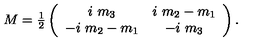
M = \textstyle { \frac { 1 } { 2 } } \left( \begin{array} { c c } { i \ m _ { 3 } } & { i \ m _ { 2 } - m _ { 1 } } \\ { - i \ m _ { 2 } - m _ { 1 } } & { - i \ m _ { 3 } } \\ \end{array} \right) .